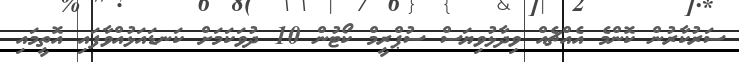
ސަރުކާރުން ކޮންމެ އެއްޗެއް ވިދާޅުވިޔަސް ސުޕްރީމް ކޯޓުން 10 ދުވަކަމަށް ކަނޑައަޅުއްވާފައި އޮތީމައި